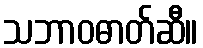
သဘာဝဓာတ်ဆီ။